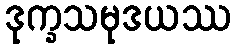
ဒုက္ခသမုဒယဿ